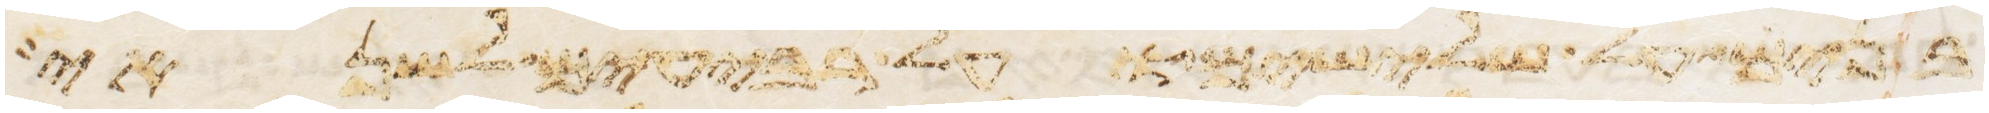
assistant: בנים על שלישים ועל רביעים לשנאי